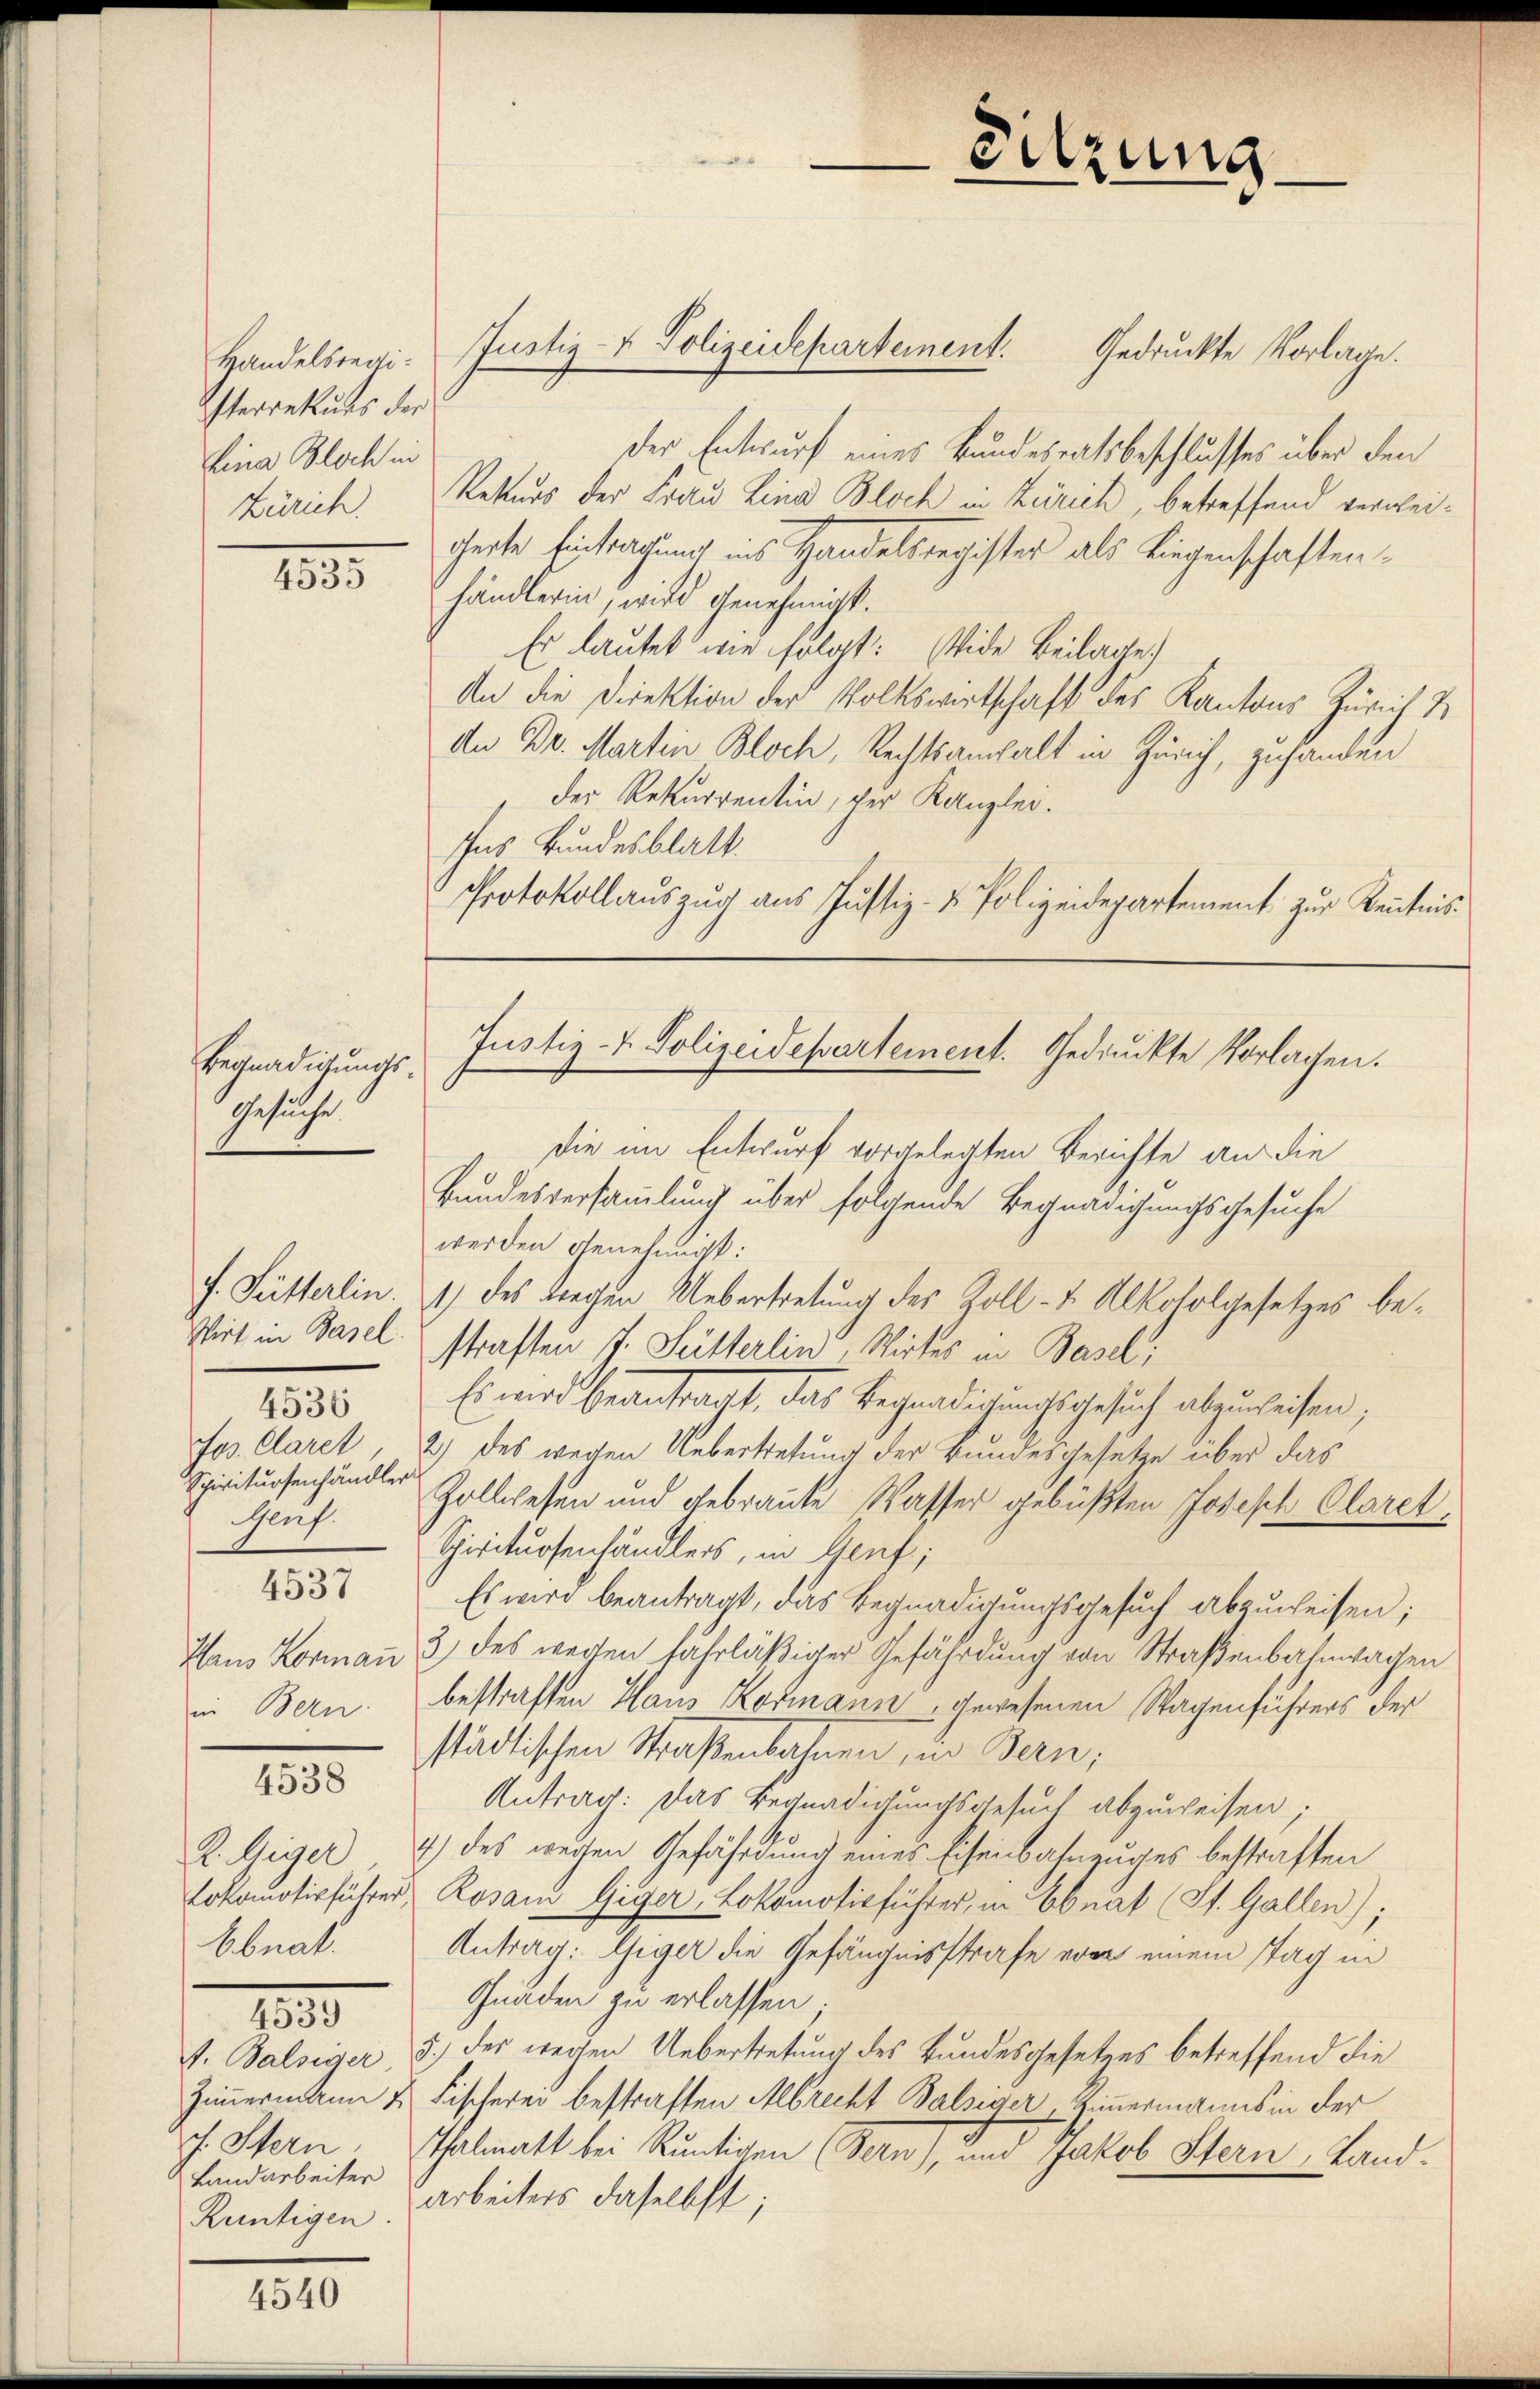
Handelsregi¬
Isterrekurs der
Lina Bloch in
Zürich.

18

Begnadigungs-
Gesuche.

4536
Jos. Claret
Spirituosenhändler
Genf.

4537

Haus Kornau
in Bern

4538

R. Giger
Ebnat.
f. Balsiger
J. Stern
Landarbeiter
Rüntigen.

1834.

4540

Der Entwurf eines Bundesratsbeschlusses über den
Rekurs der Frau Lina Bloch in Zürich, betreffend verweicherte Eintragung ins Handelsregister als Liegenschaftenhändlerin, wird genehmigt.
Es lautet wie folgt: Wide Beilage
An die Direktion der Volkswirtschaft des Kantons Zürich S
An Dr. Martin Bloch, Rechtsanwalt in Zürich, zuhanden
der Rekurrentin, der Kanzlei.
Ins Bundesblatt.
Protokollauszug aus Justiz- & Polizeidepartement zur Kenntnis¬

Justiz- & Polizeidepartement. Gedruckte Vorlage.

Sitzung

Justiz- & Polizeidepartement. Gedruckte Vorlagen.

die im Entwurf vorgelegten Berichte an die
Bundesversammlung über folgende Begnadigungsgesuche
werden Genehmigt:
f. Fütterlin. 1) des Liegen Uebertretung des Zoll- u. Alkoholgesetzes be¬
Wirt in Basel. Straften J. Sutterlin, Wirtes in Basel;
Es wird beantragt, das Begnadigungsgesuch abzureisen,
2) des wegen Uebertretung der Bundesgesetze über das
Zollwesen und gebraute Wasser gebüßten Joseph Claret
Spirituosenhändlers, in Genf;
Es wird beantragt, das Begnadigungsgesuch abzuweisen;
3) des wegen fährläßiger Gefährdung von Straßenbahnwagen
bestraften Haus Kosmann, gewesenen Wagenführers der
städtischen Straßenbahnen, in Bern,
Antrag: Das Begnadigungsgesuch abzuweisen;
4) des weisen Gefährdung eines Eisenbahnzuges bestraften
Lokomotivführer Rosanz Giger, Lokomotivführer, in Ebnat (St. Gallen);
Antrag: Giger die Gefängnisstrafe von einem Tag in
Gnaden zu erlassen;
5.) Des wegen Uebertretung des Bundesgesetzes betreffend die
Zimmermann & Fischerei bestraften Abrecht Balsiger Zimmermanns in der
Thalmatt bei Runtigen Bern), und Jakob Stern, Landarbeiters daselbst;